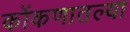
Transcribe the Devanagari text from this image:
कोंकणातल्या